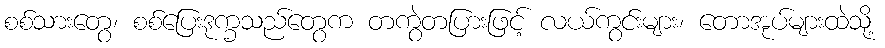
စစ်သားတွေ၊ စစ်ပြေးဒုက္ခသည်တွေက တကွဲတပြားဖြင့် လယ်ကွင်းများ၊ တောအုပ်များထဲသို့